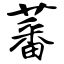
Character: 蕃